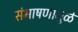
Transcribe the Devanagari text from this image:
संभाषणामुळे